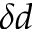
\delta d